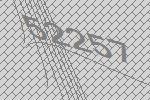
52257